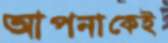
আপনাকেই